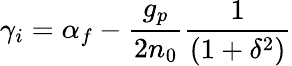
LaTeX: \gamma_{i}=\alpha_{f}-\frac{g_{p}}{2n_{0}}\frac{1}{(1+\delta^{2})}